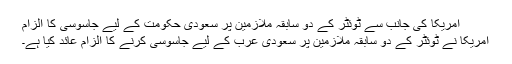
امریکا کی جانب سے ٹوئٹر کے دو سابقہ ملازمین پر سعودی حکومت کے لیے جاسوسی کا الزام
امریکا نے ٹوئٹر کے دو سابقہ ملازمین پر سعودی عرب کے لیے جاسوسی کرنے کا الزام عائد کیا ہے۔